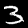
Label: 3